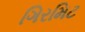
ગિરમિટ